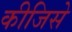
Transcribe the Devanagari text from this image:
कीजिसे